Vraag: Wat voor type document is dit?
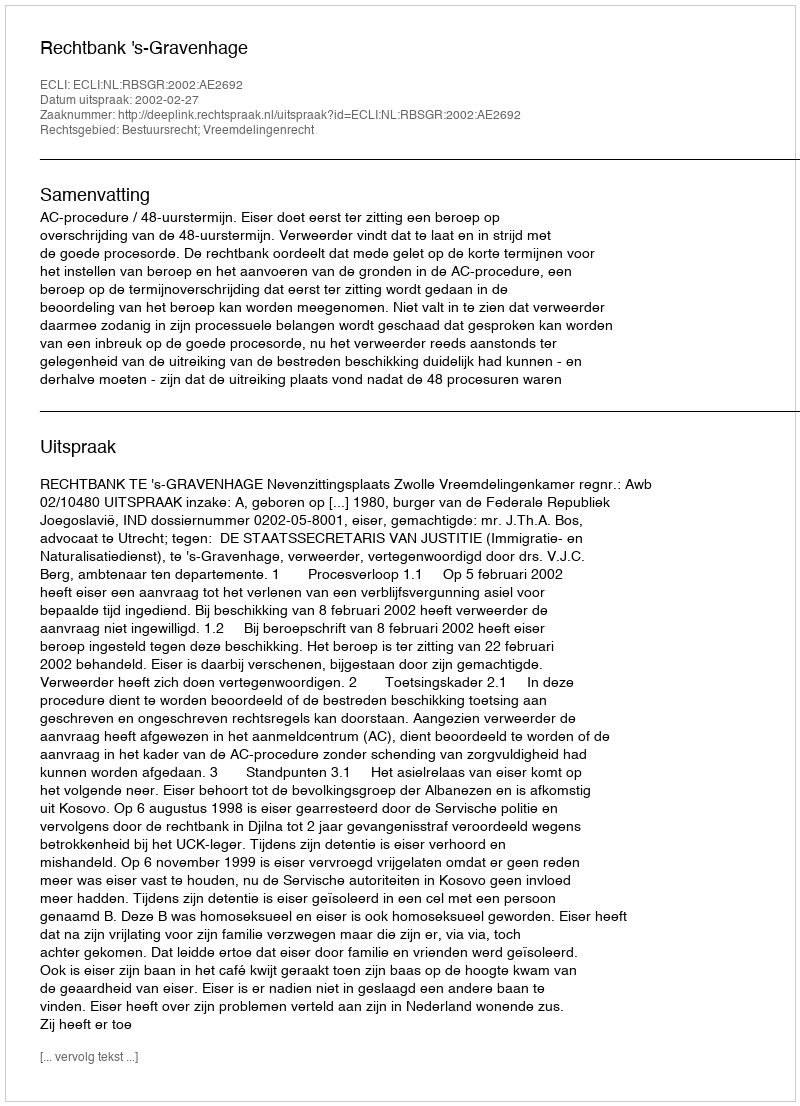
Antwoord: Uitspraak